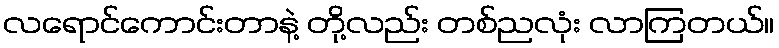
လရောင်ကောင်းတာနဲ့ တို့လည်း တစ်ညလုံး လာကြတယ်။